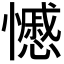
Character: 𭟍